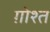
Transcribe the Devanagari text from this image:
ग़ोश्त